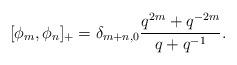
LaTeX: \begin{align*}[\phi_m,\phi_n]_+=\delta_{m+n,0}{q^{2m}+q^{-2m}\over q+q^{-1}}.\end{align*}